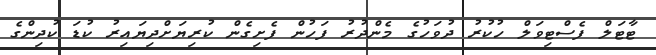
ޓާޓަލް ފެސްޓިވަލް ހުކުރު ދުވަހުގެ މެންދުރު ފަހުން ފެށިގެން ކުރިޔަށްދިޔައިރު ކުޑަ ކުދިންގެ